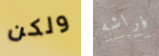
ولكن فراشه